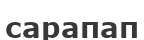
сарапап